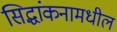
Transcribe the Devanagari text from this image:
सिद्धांकनामधील